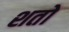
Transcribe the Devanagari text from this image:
शतो